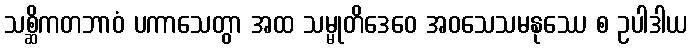
သစ္ဆိကတဘာဝံ ပကာသေတွာ အထ သမ္မုတိဒေဝေ အဝသေသမနုဿေ စ ဥပါဒါယ